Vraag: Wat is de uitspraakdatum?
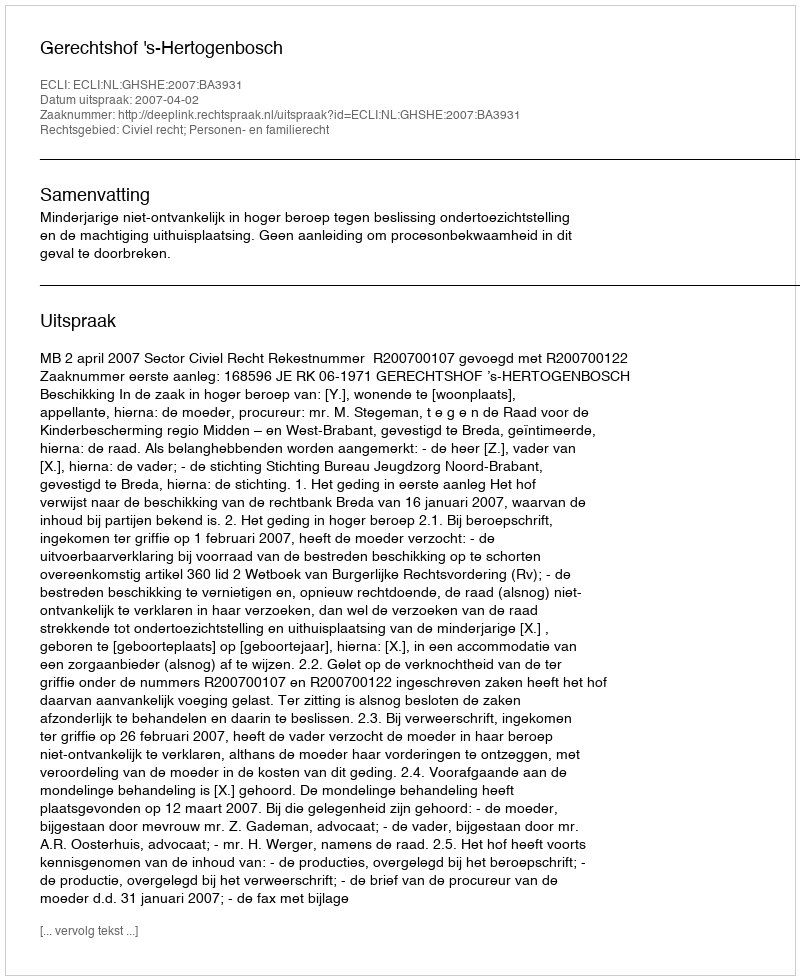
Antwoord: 2007-04-02